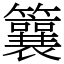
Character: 䉴